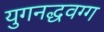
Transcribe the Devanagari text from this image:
युगनद्धवग्ग